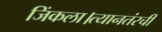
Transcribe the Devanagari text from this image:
जिंकला।त्यानतंरची